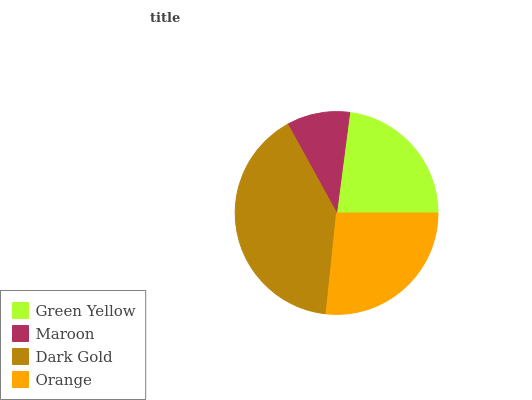
| Green Yellow | Maroon | Dark Gold | Orange |
 | --- | --- | --- | --- |
 | 23% | 10.1% | 40.3% | 26.6% |